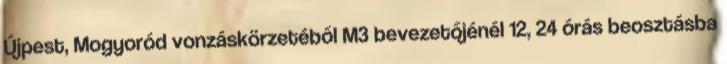
Újpest, Mogyoród vonzáskörzetéből M3 bevezetőjénél 12, 24 órás beosztásba